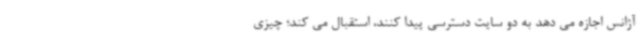
آژانس اجازه می دهد به دو سایت دسترسی پیدا کنند، استقبال می کند؛ چیزی